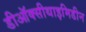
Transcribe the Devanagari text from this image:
डीऑक्सीथाइमिडीन